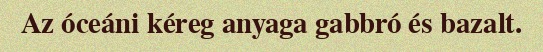
Az óceáni kéreg anyaga gabbró és bazalt.